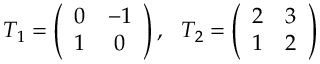
T _ { 1 } = \left( \begin{array} { c c } { { 0 } } & { { - 1 } } \\ { { 1 } } & { { 0 } } \end{array} \right) , ~ ~ T _ { 2 } = \left( \begin{array} { c c } { { 2 } } & { { 3 } } \\ { { 1 } } & { { 2 } } \end{array} \right)